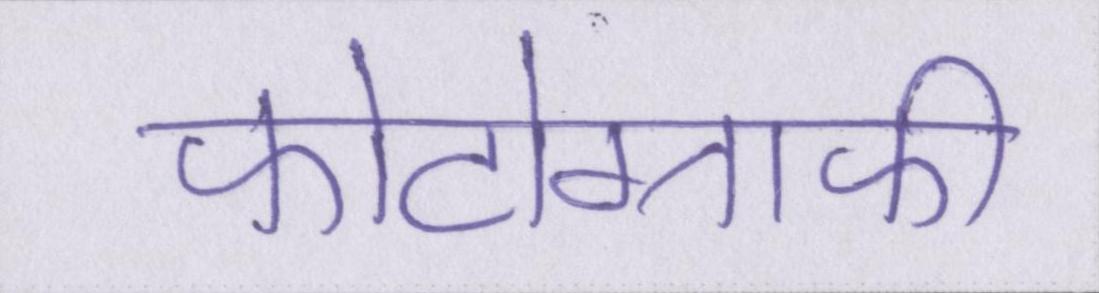
फोटोग्राफी